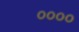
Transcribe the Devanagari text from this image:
००००